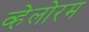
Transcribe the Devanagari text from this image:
व्हेलोरम